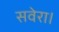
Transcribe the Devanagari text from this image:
सवेरा।